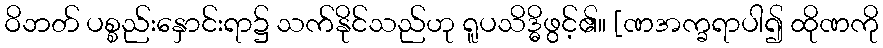
ဝိဘတ် ပစ္စည်းနှောင်းရာ၌ သက်နိုင်သည်ဟု ရူပသိဒ္ဓိဖွင့်၏။ [ဏအက္ခရာပါ၍ ထိုဏကို